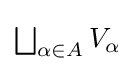
{\textstyle \bigsqcup _{\alpha \in A}V_{\alpha }}